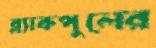
ব্ল্যাকপুলের